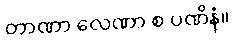
တာဏာ လေဏာ စ ပဏိနံ။